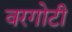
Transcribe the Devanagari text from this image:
वरगोटी